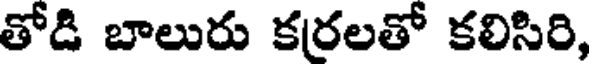
తోడి బాలురు కరలతో కలిసిరి,